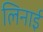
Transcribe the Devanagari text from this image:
लिनाई